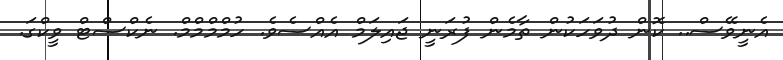
އެނީވޭސް.. ކޮން ދުވަހަކުން ތާމެން ފުރަނީ ޖައިލަމް އެއްސެވެ. ހުމްމްމްމް. ނެކްސްޓް ވީކްގަ.